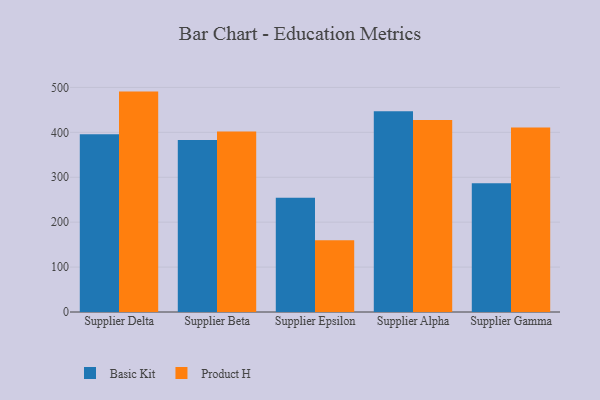
{"axis": {"x": "Supplier", "y": "Temperature (°C)"}, "legend": ["Basic Kit", "Product H"], "data": [{"x": "Supplier Delta", "y": 395.5, "type": "Basic Kit"}, {"x": "Supplier Delta", "y": 490.7, "type": "Product H"}, {"x": "Supplier Beta", "y": 382.8, "type": "Basic Kit"}, {"x": "Supplier Beta", "y": 401.8, "type": "Product H"}, {"x": "Supplier Epsilon", "y": 254.3, "type": "Basic Kit"}, {"x": "Supplier Epsilon", "y": 159.8, "type": "Product H"}, {"x": "Supplier Alpha", "y": 447.0, "type": "Basic Kit"}, {"x": "Supplier Alpha", "y": 427.5, "type": "Product H"}, {"x": "Supplier Gamma", "y": 286.4, "type": "Basic Kit"}, {"x": "Supplier Gamma", "y": 410.8, "type": "Product H"}]}